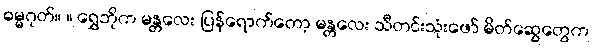
ဓမ္မဂုတ်။ ။ ရွှေဘိုက မန္တလေး ပြန်ရောက်တော့ မန္တလေး သီတင်းသုံးဖော် မိတ်ဆွေတွေက